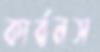
কার্বনস